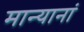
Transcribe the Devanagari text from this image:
मान्यानां